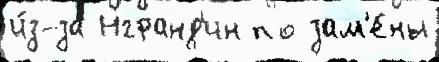
и́з-за Нгранд'ин по зам'е́ны